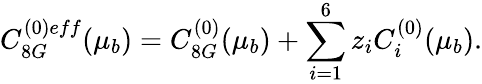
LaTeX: C_{8G}^{(0)eff}(\mu_{b})=C_{8G}^{(0)}(\mu_{b})+\sum_{i=1}^{6}z_{i}C_{i}^{(0)}(\mu_{b}).